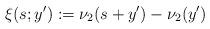
LaTeX: \begin{align*}\xi (s;y'):=\nu_{2}(s+y')-\nu_{2}(y') \end{align*}